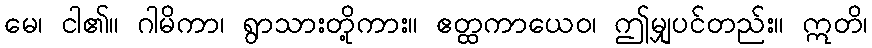
မေ၊ ငါ၏။ ဂါမိကာ၊ ရွာသားတို့ကား။ ဧတ္ထကာယေဝ၊ ဤမျှပင်တည်း။ ဣတိ၊